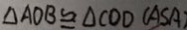
\Delta A O B \cong \Delta C O D ( A S A )